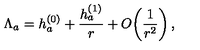
\Lambda _ { a } = h _ { a } ^ { ( 0 ) } + { \frac { h _ { a } ^ { ( 1 ) } } { r } } + O \! \left( { \frac { 1 } { r ^ { 2 } } } \right) ,